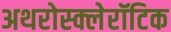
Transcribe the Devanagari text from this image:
अथरोस्क्लेरॉटिक